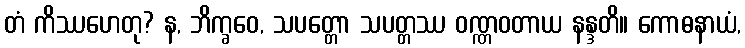
တံ ကိဿဟေတု? န, ဘိက္ခဝေ, သပတ္တော သပတ္တဿ ဝဏ္ဏဝတာယ နန္ဒတိ။ ကောဓနာယံ,